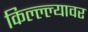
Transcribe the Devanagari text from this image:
किल्ल्ल्यावर